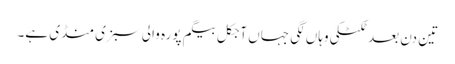
تین دن بعد ٹکٹکی وہاں لگی جہاں آجکل بیگم پورہ والی سبزی منڈی ہے۔